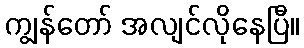
ကျွန်တော် အလျင်လိုနေပြီ။